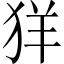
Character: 𦍕